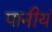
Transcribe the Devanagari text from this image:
पानीयं